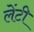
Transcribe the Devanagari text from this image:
लेंटी